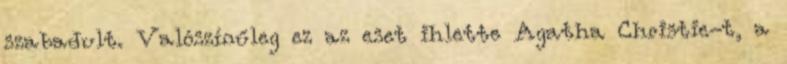
szabadult. Valószínűleg ez az eset ihlette Agatha Christie-t, a